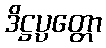
ဒိဋ္ဌပ္ပတ္တော